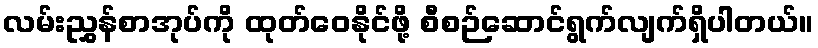
လမ်းညွှန်စာအုပ်ကို ထုတ်ဝေနိုင်ဖို့ စီစဉ်ဆောင်ရွက်လျက်ရှိပါတယ်။